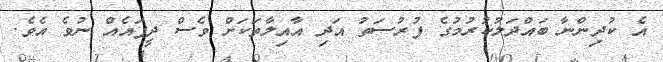
އެ ކުދިންނާ ބައްދަލުކުރުމުގެ ފުރުސަތު އަދި އާއިލާތަކަށް ވެސް ދީފައެއް ނުވެ އެވެ.